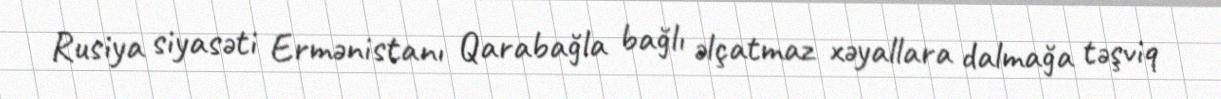
Rusiya siyasəti Ermənistanı Qarabağla bağlı əlçatmaz xəyallara dalmağa təşviq